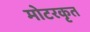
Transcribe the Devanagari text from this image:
मोटरकृत